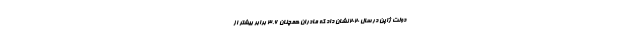
دولت ژاپن در سال 2020 نشان داد که مادران همچنان 3.6 برابر بیشتر از